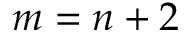
m = n + 2